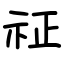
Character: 𥘺